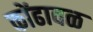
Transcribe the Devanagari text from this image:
कोंढावळ